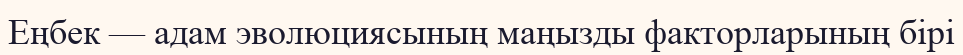
Еңбек — адам эволюциясының маңызды факторларының бірі